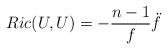
\begin{align*} Ric(U,U) = -\frac{n-1}{f}\ddot{f}\end{align*}